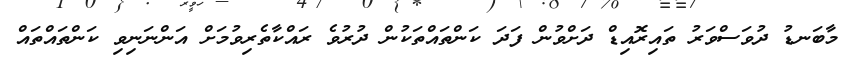
މާބަނޑު ދުވަސްވަރު ތައިރޮއިޑް ދަށްވުން ފަދަ ކަންތައްތަކުން ދުރުވެ ރައްކާތެރިވުމަށް އަންނަނިވި ކަންތައްތައް